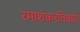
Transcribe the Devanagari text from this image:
रमाशंकरतिवारी